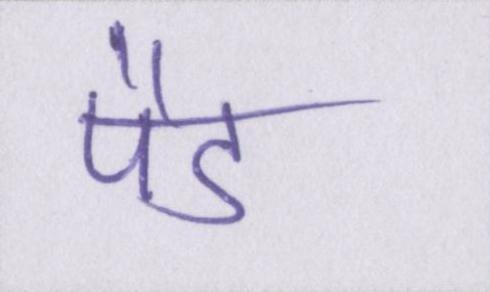
पैड